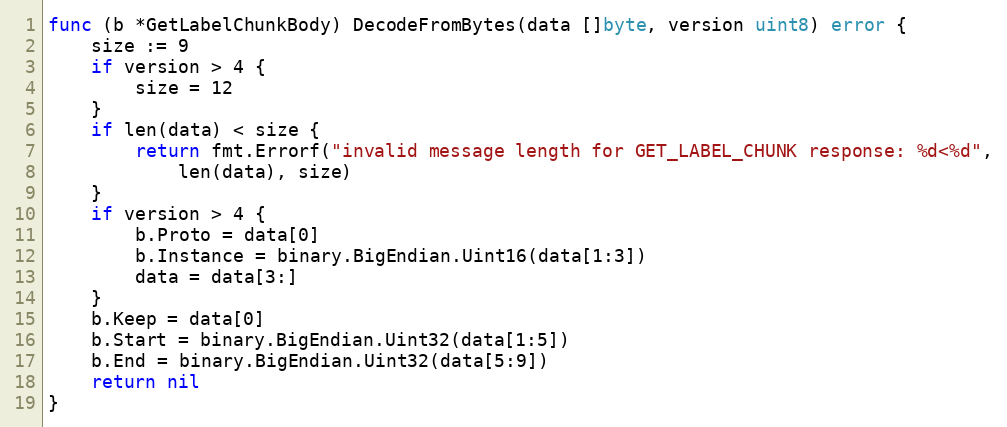
Language: Go
func (b *GetLabelChunkBody) DecodeFromBytes(data []byte, version uint8) error {
	size := 9
	if version > 4 {
		size = 12
	}
	if len(data) < size {
		return fmt.Errorf("invalid message length for GET_LABEL_CHUNK response: %d<%d",
			len(data), size)
	}
	if version > 4 {
		b.Proto = data[0]
		b.Instance = binary.BigEndian.Uint16(data[1:3])
		data = data[3:]
	}
	b.Keep = data[0]
	b.Start = binary.BigEndian.Uint32(data[1:5])
	b.End = binary.BigEndian.Uint32(data[5:9])
	return nil
}